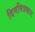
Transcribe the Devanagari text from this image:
दिनमित्रकार